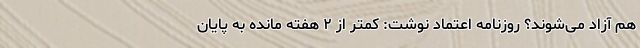
هَم آزاد می‌شوند؟ روزنامه اعتماد نوشت: کمتر از ۲ هفته مانده به پایان